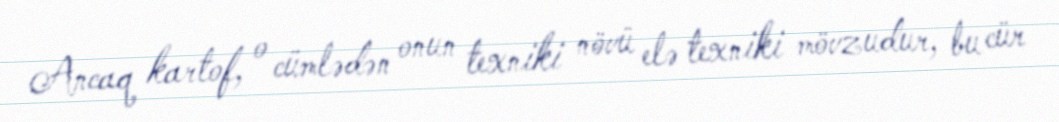
Ancaq kartof, o cümlədən onun texniki növü elə texniki mövzudur, bu cür